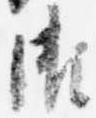
御